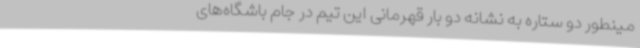
مینطور دو ستاره به نشانه دو بار قهرمانی این تیم در جام باشگاه‌های